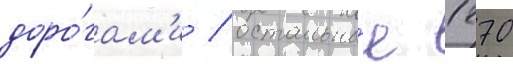
доро́гам'и / остальны́е 1270